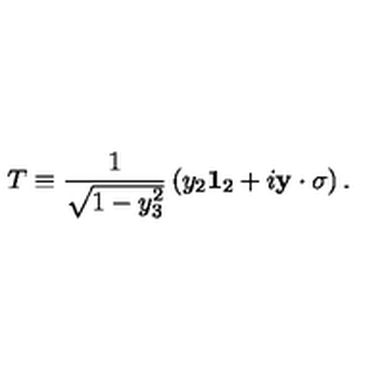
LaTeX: T \equiv \frac { 1 } { \sqrt { 1 - y _ { 3 } ^ { 2 } } } \left( y _ { 2 } { \bf 1 } _ { 2 } + i { \bf y } \cdot \mathrm { \boldmath \sigma } \right) .